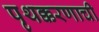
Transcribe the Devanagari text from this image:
पृथक्करणाची